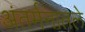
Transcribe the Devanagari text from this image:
अंतर्मनातले